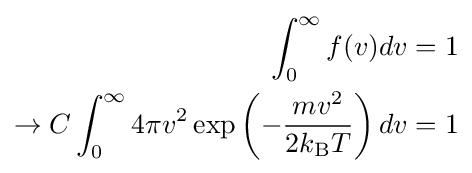
{\begin{aligned}\int _{0}^{\infty }f(v)dv&=1\\\rightarrow C\int _{0}^{\infty }4\pi v^{2}\exp \left(-{\frac {mv^{2}}{2k_{\text{B}}T}}\right)dv&=1\end{aligned}}